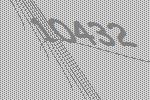
10432